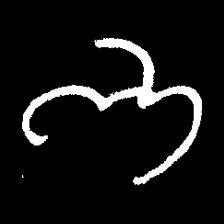
Pyu character \u2014 Myanmar letter: ဘ (romanized: bha)